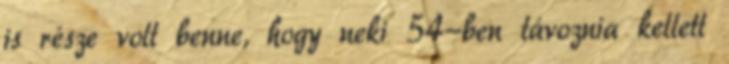
is része volt benne, hogy neki 54-ben távoznia kellett